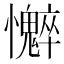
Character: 𫻣